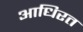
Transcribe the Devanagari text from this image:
आधिरत